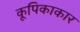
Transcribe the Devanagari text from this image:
कूपिकाकार